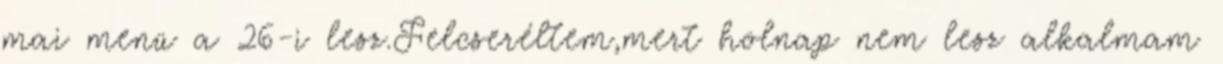
mai menü a 26-i lesz.Felcseréltem,mert holnap nem lesz alkalmam